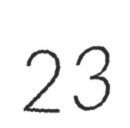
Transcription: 23